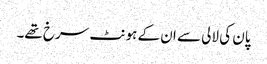
پان کی لالی سے ان کے ہونٹ سرخ تھے۔